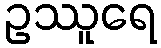
ဥဿူရေ